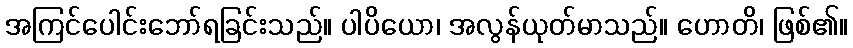
အကြင်ပေါင်းဘော်ရခြင်းသည်။ ပါပိယော၊ အလွန်ယုတ်မာသည်။ ဟောတိ၊ ဖြစ်၏။